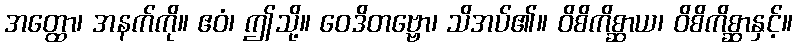
အတ္ထော၊ အနက်ကို။ ဧဝံ၊ ဤသို့။ ဝေဒိတဗ္ဗော၊ သိအပ်၏။ ဝိစိကိစ္ဆာယ၊ ဝိစိကိစ္ဆာနှင့်။